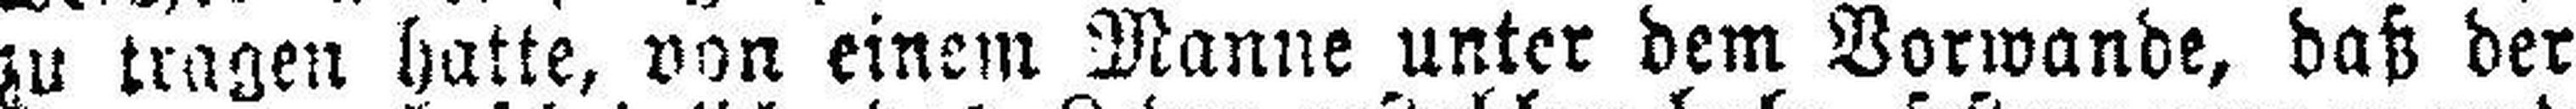
zu tragen hatte, von einem Manne unter dem Vorwande, daß der